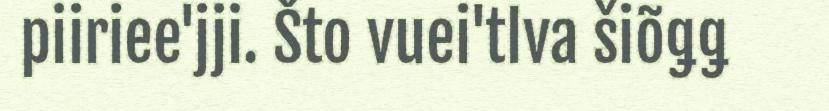
piiriee'jji. Što vuei'tlva šiõǥǥ